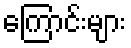
ကြောင်းများ